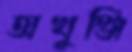
অখুঞ্জি